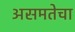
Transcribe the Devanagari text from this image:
असमतेचा